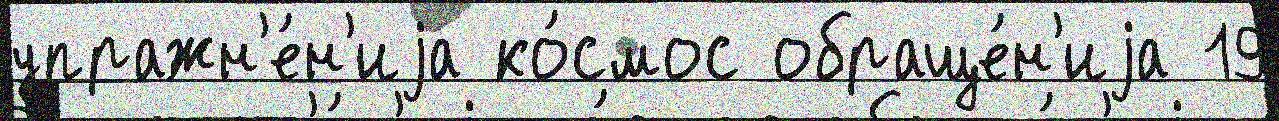
упражн'е́н'иjа ко́смос обраще́н'иjа 19